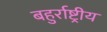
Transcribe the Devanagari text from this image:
बहुर्राष्ट्रीय